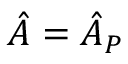
\hat { A } = \hat { A } _ { P }